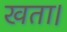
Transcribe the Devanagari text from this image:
खता।